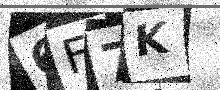
Text: 6F7K